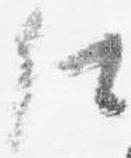
仕